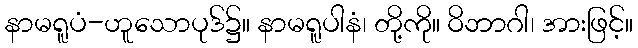
နာမရူပံ-ဟူသောပုဒ်၌။ နာမရူပါနံ၊ တို့ကို။ ဝိဘာဂါ၊ အားဖြင့်။